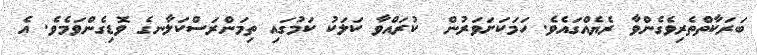
ބަރަކާތްތެރިވެގެންވާ ރެޔެއްގައެވެ. ހަމަކަށަވަރުން  ކުރައްވާ ކަލަކު ކަމުގައި ތިމަންރަސްކަލާނގެ ވޮޑިގެންވަމެވެ. އެ